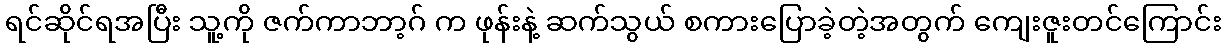
ရင်ဆိုင်ရအပြီး သူ့ကို ဇက်ကာဘာ့ဂ် က ဖုန်းနဲ့ ဆက်သွယ် စကားပြောခဲ့တဲ့အတွက် ကျေးဇူးတင်ကြောင်း